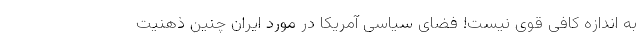
به اندازه کافی قوی نیست! فضای سیاسی آمریکا در مورد ایران چنین ذهنیت